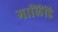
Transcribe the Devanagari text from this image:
मालिंडि